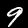
Label: 9